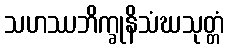
သဟဿဘိက္ခုနိသံဃသုတ္တံ